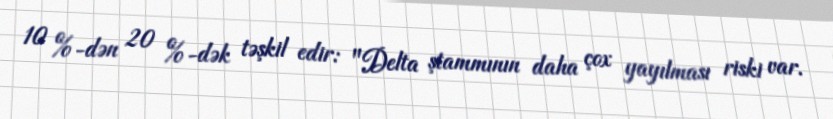
10 %-dən 20 %-dək təşkil edir: "Delta ştammının daha çox yayılması riski var.